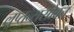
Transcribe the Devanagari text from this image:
लुप्तन्ससोबत